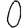
Digit: 0